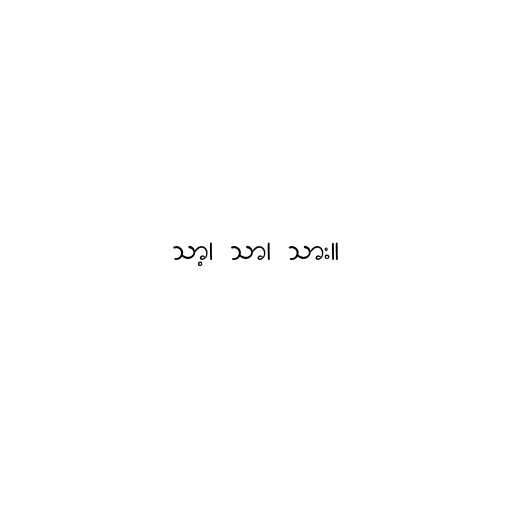
သာ့၊ သာ၊ သား။